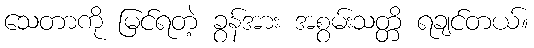
သေတာကို မြင်ရတဲ့ ခွန်အား အစွမ်းသတ္တိ ရချင်တယ်။